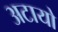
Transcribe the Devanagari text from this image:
अटायो